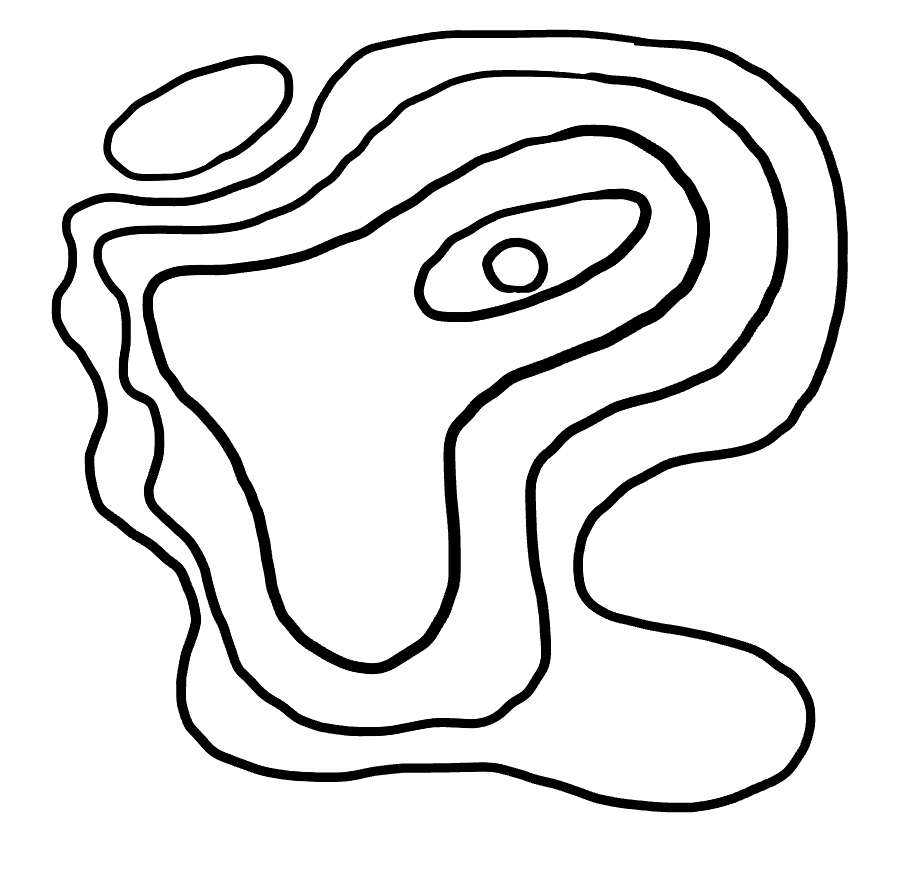
Number of regions (including the outer root region): 7
Containment tree edges (parent, child): 0, 1, 0, 2, 2, 3, 3, 4, 4, 5, 5, 6